Vital statistics of India. Vol. IV, Annual returns from 1871 to 1876. British Army of India, Native Army and jails of Bengal
Year: 1871
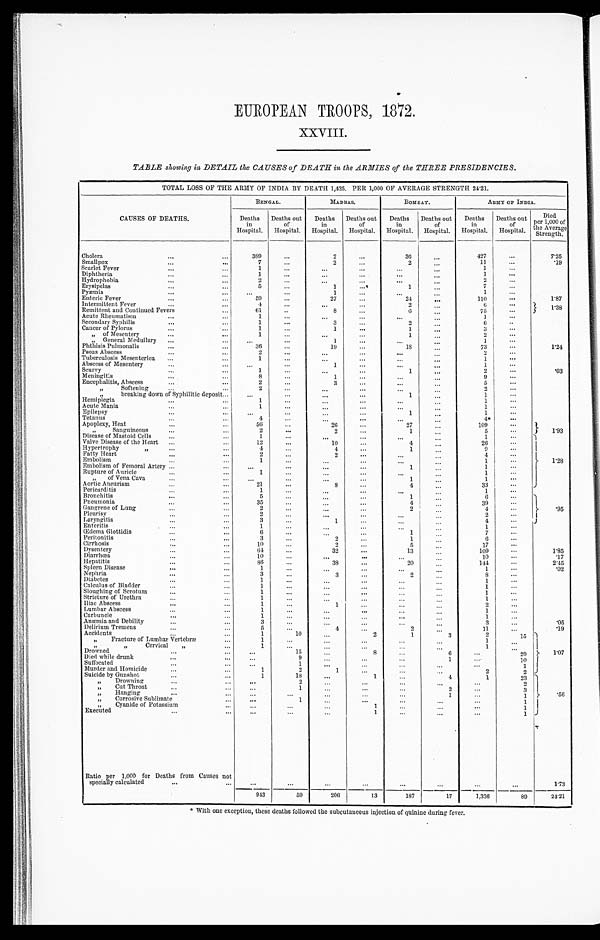
EUROPEAN TROOPS, 1872.
XXVIII.
TABLE showing in DETAIL the CAUSES of DEATH in the ARMIES of the THREE PRESIDENCIES.
T O T A L L O S S O F T H E A R M Y O F I N D I A B Y D E A T H 1 , 4 2 5 . P E R 1 , 0 0 0 O F A V E R A G E S T R E N G T H 2 4 . 2 1 .
CAUSES OF DEATHS.
BENGAL.
MADRAS.
BOMBAY.
ARMY OF INDIA.
Deaths
in
Hospital.
Deaths out
of
Hospital.
Deaths
in
Hospital.
Deaths out
of
Hospital.
Deaths
in
Hospital.
Deaths out
of
Hospital.
Deaths
in
Hospital.
Deaths out
of
Hospital.
D i e d p e r 1 , 0 0 0 o f
the Average
Strength.
Cholera
...
...
389
...
2
...
36
...
427
...
7.25
Smallpox
...
...
7 ...
2
...
2
...
11
...
.19
Scarlet Fever
...
1
...
...
...
...
...
1
...
Diphtheria
...
1
...
...
...
... ...
1
...
Hydrophobia
...
...
2 ...
...
...
...
...
2 ...
Erysipelas
...
5
...
1 ...
1
...
7
...
Pyæmia
...
...
...
1
...
...
...
1
...
Enteric Fever
...
59
...
27
...
24
...
110
...
1.87
Intermittent Fever
...
4
...
...
...
2 ...
6 ...
1.38
Remittent and Continued Fevers
...
61
...
8 ...
6
...
75
...
Acute Rheumatism
...
...
1 ...
...
...
... ...
1
...
Secondary Syphilis
...
1
...
3
...
2 ...
6 ...
Cancer of Pylorus
...
1 ...
1
...
1
...
3
...
„
of Mesentery ... ...
1
...
...
...
1 ...
2
...
„ „
General Medullary ...
...
...
1
...
...
...
1
...
Phthisis Pulmonalis
...
...
36
...
19
...
18 ...
73
...
1.24
Psoas Abscess
2
...
...
...
... ...
2
...
Tuberculosis Mesenterica ...
...
1 ...
...
...
...
...
1
...
Abscess of Mesentery
...
...
...
...
1 ...
...
...
1 ...
Scurvy
... ...
1 ...
...
...
1
...
2
...
.03
Meningitis
8 ...
1
...
... ...
9
...
Encephalitis, Abscess
...
...
2
...
3
...
...
...
5
...
Softening
...
2 ...
...
... ...
...
2
...
breaking down of Syphilitic deposit... ...
...
...
...
1
...
1
...
Hemiplegia... ...
1
...
...
...
...
...
1
...
Acute Mania
...
...
1
...
...
...
...
...
1
...
Epilepsy
...
...
... ...
...
...
1
...
1
...
Tetanus
...
...
4
...
...
...
...
...
4*
...
Apoplexy, Heat
...
56 ...
26 ...
27 ...
109
...
} 1.93
„
Sanguineous
... ...
2
...
2
...
1 ...
5
...
Disease of Mastoid Cells...
...
1 ...
...
...
..,
...
1 ...
1.28
Valve Disease of the Heart
...
12
...
10
...
4
...
26
...
Hypertrophy
„ ... ...
4 ...
4
...
1
...
9
...
Fatty Heart
...
...
2
...
2
...
... ...
4
...
Embolism
1
...
... ...
...
...
1 ...
Embolism of Femoral Artery ...
...
...
...
...
...
1
...
1
...
Rupture of Auricle
...
...
1
...
...
...
...
...
1
...
„
of Vena Cava ... ...
...
...
...
...
1
...
1
...
Aortic Aneurism...
...
21
...
8
...
4
...
33 ...
Pericarditis
...
...
1 ...
...
...
...
...
1
...
.95
Bronchitis
...
5
...
...
...
1
...
6
...
Pneumonia...
... ...
35
...
...
...
4
...
39
...
Gangrene of Lung
...
...
2
...
... ...
2
...
4
...
Pleurisy
...
...
2 ...
...
...
...
...
2
...
Laryngitis
3
...
1
...
...
...
4
...
Enteritis
...
...
1
...
... ...
...
...
1 ...
Œdema Glottidis
...
...
6
...
...
...
1
...
7
...
Peritonitis,.. ...
... 3
...
2
...
1 ...
6
...
Cirrhosis
...
10 ...
2
...
5 ...
17
...
Dysentery
...
...
64
...
32
...
13
...
109 ...
1.85
Diarrhœa
...
...
10
...
...
...
...
...
10
...
.17
Hepatitis...
...
86
...
38 ...
20
...
144
...
2.45
Spleen Disease
...
...
1
..
...
...
...
...
1
...
.02
Nephria
3 ...
3
...
2 ...
8
...
Diabetes
...
1
..
...
...
...
...
1
...
Calculus of Bladder
...
...
1...
...
...
... ...
1
...
Sloughing of Scrotum ...
1
..
...
... ...
...
1
...
Stricture of Urethra...
1
..
... ...
... ...
1 ...
Iliac Abscess
...
1 ...
1
...
...
...
2
...
Lumbar Abscess... 1
...
...
...
... ...
1
...
Carbuncle
...
1
...
... ...
...
...
1
...
Anæmia and Debility
...
3
..
...
... ...
...
3
...
.05
Delirium Tremens
... ...
5
...
4
...
2
...
11
...
.19
Accidents
...
...
1
10
...
2
1
3
2
15
1.07
„
Fracture of Lumbar Vertebræ
1 ...
...
...
...
...
1
...
„
„ Cervical ,, ...
1
...
...
...
...
...
1
...
Drowned
...
...
...
15 ...
8
...
6
...
29
Died while drunk
...
...
...
9
...
...
...
1 ...
10
Suffocated ... ...
...
1
...
...
...
...
...
1
Murder and Homicide... ...
... 1
2
1
... ...
...
2
2
Suicide by Gunshot...
... 1
18
... 1
...
4
1
23
.56
„ Drowning
...
...
...
2 ...
... ...
...
...
2
„ Cut Throat
... ...
1
...
... ...
2
...
3
„ Hanging
...
... ...
...
... ...
1
...
1
Corrosive Sublimate
...
1
...
...
...
...
...
1
„
Cyanide of Potassium
... ...
...
...
1
...
...
...
1
Executed...
...
...
...
...
1
...
...
...
1
Ratio per 1,000 for Deaths from Causes not
specially calculated
...
...
...
...
...
...
...
...
...
...
1.73
943
59
206
13
187
17
1,336
89
24.21
* With one exception, these deaths followed the subcutaneous injection of quinine during fever.